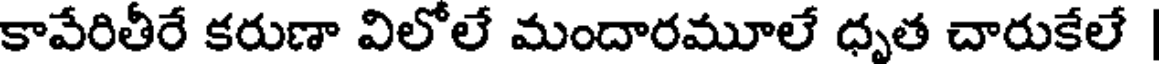
కావేరితీరే కరుణా విలోలే మందారమూలే ధృత చారుకేలే